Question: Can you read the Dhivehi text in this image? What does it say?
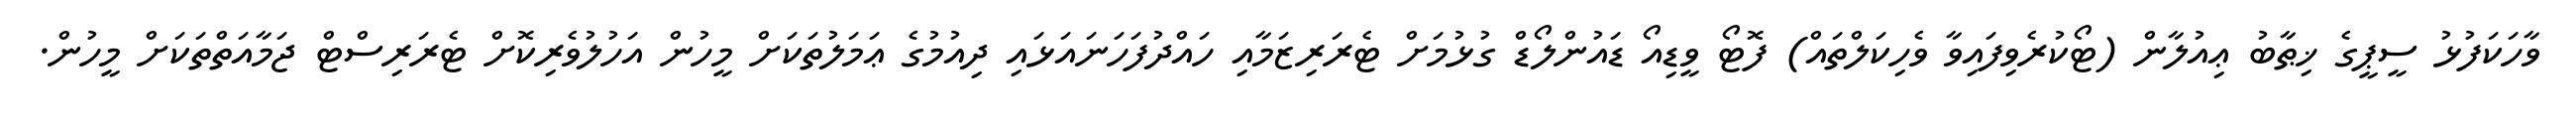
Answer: ވާހަކަފުޅު ސީޕީގެ ޚިޠާބު ޢިއުލާން (ޓޯކުރެވިފައިވާ ވެހިކަލްތައް) ފޮޓޯ ވީޑިއޯ ޑައުންލޯޑް ގުޅުމަށް ޓެރަރިޒަމާއި ހައްދުފަހަނައަޅައި ދިއުމުގެ ޢަމަލުތަކަށް މީހުން އަހުލުވެރިކޮށް ޓެރަރިސްޓް ޖަމާއަތްތަކަށް މީހުން.